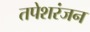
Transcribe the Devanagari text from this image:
तपेशरंजन